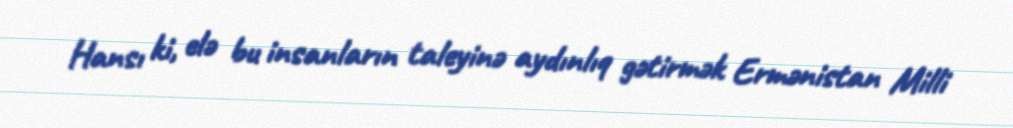
Hansı ki, elə bu insanların taleyinə aydınlıq gətirmək Ermənistan Milli